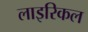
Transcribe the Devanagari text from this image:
लाइरिकल